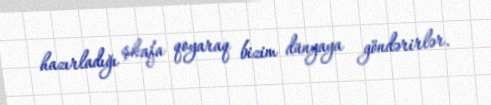
hazırladığı şkafa qoyaraq bizim dünyaya göndərirlər.